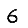
Digit: 6